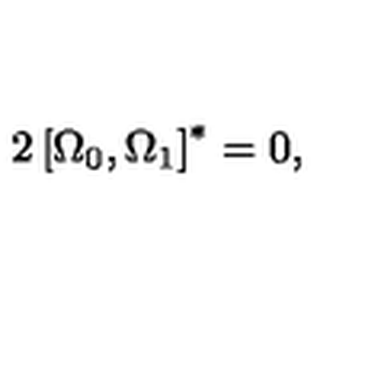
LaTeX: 2 \left[ \Omega _ { 0 } , \Omega _ { 1 } \right] ^ { * } = 0 ,